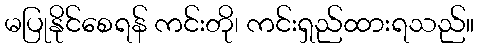
မပြုနိုင်စေရန် ကင်းတို၊ ကင်းရှည်ထားရသည်။